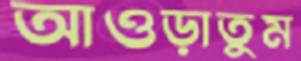
আওড়াতুম